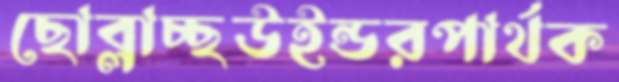
ছোব্‌লাচ্ছউইন্ডরপার্থক